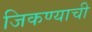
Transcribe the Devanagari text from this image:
जिकण्याची